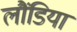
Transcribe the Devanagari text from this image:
लौंडिया